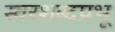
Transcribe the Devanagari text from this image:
स्वरशब्दप्रभू